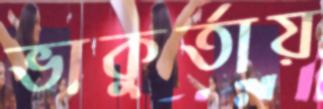
ভাকুর্তায়